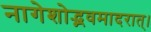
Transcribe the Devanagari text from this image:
नागेशोद्भवमादरात्‌।